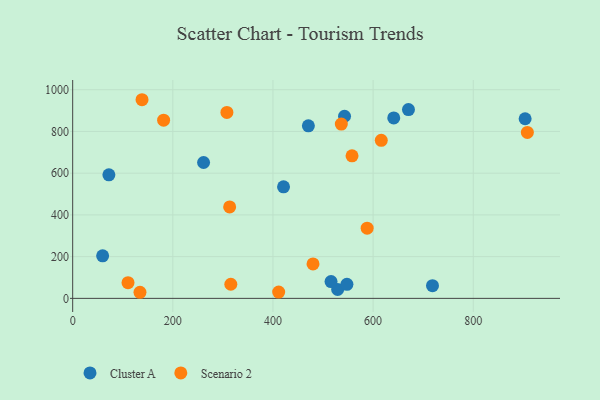
{"axis": {"x": "Engine Size", "y": "Sales"}, "legend": ["Cluster A", "Scenario 2"], "data": [{"x": "72.3", "y": 592.3, "type": "Cluster A"}, {"x": "470.7", "y": 827.0, "type": "Cluster A"}, {"x": "529.2", "y": 42.9, "type": "Cluster A"}, {"x": "547.7", "y": 67.3, "type": "Cluster A"}, {"x": "903.6", "y": 860.8, "type": "Cluster A"}, {"x": "261.4", "y": 651.2, "type": "Cluster A"}, {"x": "718.6", "y": 60.8, "type": "Cluster A"}, {"x": "641.2", "y": 865.1, "type": "Cluster A"}, {"x": "59.8", "y": 204.1, "type": "Cluster A"}, {"x": "516.0", "y": 80.7, "type": "Cluster A"}, {"x": "670.6", "y": 905.0, "type": "Cluster A"}, {"x": "542.9", "y": 872.9, "type": "Cluster A"}, {"x": "421.1", "y": 534.4, "type": "Cluster A"}, {"x": "908.1", "y": 795.6, "type": "Scenario 2"}, {"x": "588.1", "y": 336.4, "type": "Scenario 2"}, {"x": "134.4", "y": 29.2, "type": "Scenario 2"}, {"x": "315.8", "y": 67.6, "type": "Scenario 2"}, {"x": "411.4", "y": 30.2, "type": "Scenario 2"}, {"x": "313.5", "y": 438.5, "type": "Scenario 2"}, {"x": "110.5", "y": 75.1, "type": "Scenario 2"}, {"x": "480.0", "y": 165.0, "type": "Scenario 2"}, {"x": "181.6", "y": 854.3, "type": "Scenario 2"}, {"x": "138.5", "y": 952.1, "type": "Scenario 2"}, {"x": "616.3", "y": 757.7, "type": "Scenario 2"}, {"x": "536.5", "y": 835.2, "type": "Scenario 2"}, {"x": "557.9", "y": 683.3, "type": "Scenario 2"}, {"x": "308.0", "y": 891.3, "type": "Scenario 2"}]}